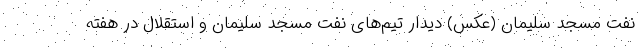
نفت مسجد سلیمان (عکس) دیدار تیم‌های نفت مسجد سلیمان و استقلال در هفته